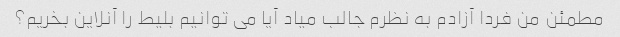
مطمئن من فردا آزادم به نظرم جالب میاد آیا می توانیم بلیط را آنلاین بخریم؟